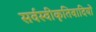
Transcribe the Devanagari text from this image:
सर्वस्वीकृतिवादियों